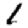
Digit: 1